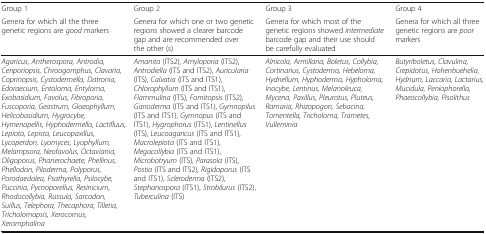
<table><thead><tr><td><b>Group 1</b></td><td><b>Group 2</b></td><td><b>Group 3</b></td><td><b>Group 4</b></td></tr><tr><td><b>Genera for which all the three genetic regions are <i>good</i> markers</b></td><td><b>Genera for which one or two genetic regions showed a clearer barcode gap and are recommended over the other (s)</b></td><td><b>Genera for which most of the genetic regions showed <i>intermediate</i> barcode gap and their use should be carefully evaluated</b></td><td><b>Genera for which all three genetic regions are <i>poor</i> markers</b></td></tr></thead><tbody><tr><td><i>Agaricus, Antherospora, Antrodia, Ceriporiopsis, Chroogomphus, Clavaria, Coprinopsis, Cystodermella, Datronia, Edoraecium, Entoloma, Entyloma, Exobasidium, Favolus, Fibroporia, Fuscoporia, Geastrum, Gloeophyllum, Helicobasidium, Hygrocybe, Hymenopellis, Hyphodermella, Lactifluus, Lepiota, Lepista, Leucopaxillus, Lycoperdon, Lyomyces, Lyophyllum, Melampsora, Neofavolus, Octaviania, Oligoporus, Phanerochaete, Phellinus, Phellodon, Piloderma, Polyporus, Porodaedalea, Psathyrella, Psilocybe, Puccinia, Pycnoporellus, Resinicium, Rhodocollybia, Russula, Sarcodon, Suillus, Telephora, Thecaphora, Tilletia, Tricholomopsis, Xerocomus, Xeromphalina</i></td><td><i>Amanita</i> (ITS2), <i>Amyloporia</i> (ITS2), <i>Antrodiella</i> (ITS and ITS2), <i>Auricularia</i> (ITS), <i>Calvatia</i> (ITS and ITS1), <i>Chlorophyllum</i> (ITS and ITS1), <i>Flammulina</i> (ITS), <i>Fomitopsis</i> (ITS2), <i>Ganoderma</i> (ITS and ITS1), <i>Gymnopilus</i> (ITS and ITS1), <i>Gymnopus</i> (ITS and ITS1), <i>Hygrophorus</i> (ITS1), <i>Lentinellus</i> (ITS), <i>Leucoagaricus</i> (ITS and ITS1), <i>Macrolepiota</i> (ITS and ITS1), <i>Megacollybia</i> (ITS and ITS1), <i>Microbotryum</i> (ITS), <i>Parasola</i> (ITS), <i>Postia</i> (ITS and ITS2), <i>Rigidoporus</i> (ITS and ITS1), <i>Scleroderma</i> (ITS2), <i>Stephanospora</i> (ITS1), <i>Strobilurus</i> (ITS2), <i>Tuberculina</i> (ITS)</td><td><i>Alnicola, Armillaria, Boletus, Collybia, Cortinarius, Cystoderma, Hebeloma, Hydnellum, Hyphoderma, Hypholoma, Inocybe, Lentinus, Melanoleuca, Mycena, Paxillus, Pleurotus, Pluteus, Ramaria, Rhizopogon, Sebacina, Tomentella, Tricholoma, Trametes, Vulleminia</i></td><td><i>Butyriboletus, Clavulina, Crepidotus, Hohenbuehelia, Hydnum, Laccaria, Lactarius, Mucidula, Peniophorella, Phaeocollybia, Pisolithus</i></td></tr></tbody></table>